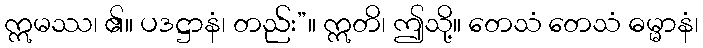
ဣမဿ၊ ၏။ ပဒဋ္ဌာနံ၊ တည်း”။ ဣတိ၊ ဤသို့။ တေသံ တေသံ ဓမ္မာနံ၊